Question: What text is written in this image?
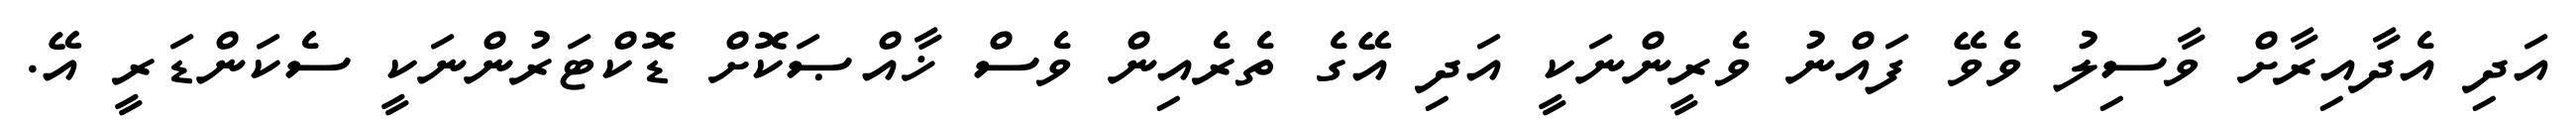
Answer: އަދި އެދާއިރާށް ވާސިލު ވެވޭ ފައްނު ވެރީންނަކީ އަދި އޭގެ ތެރެއިން ވެސް ޚާއްޞަކޮށް ޑޮކްޓަރުންނަކީ ސެކަންޑަރީ އޭ.